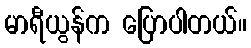
မာရီယွန်က ပြောပါတယ်။